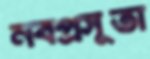
নবপ্রসূতা